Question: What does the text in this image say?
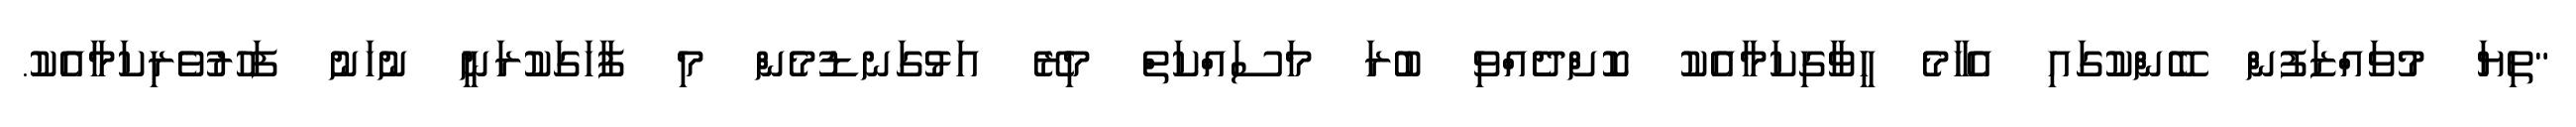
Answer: "ތިޔަ މުވައްޒަފުން ބޭންކުގައި އެހާމެ ހީވާގިކަމާއެކު ކޮށްދެއްވި ބުރަ މަސައްކަތް މިރޭ އަޅުގަނޑުމެން މި ފާހަގަކުރަނީ ނުހަނު ފަހުރުވެރިކަމާއެކު.